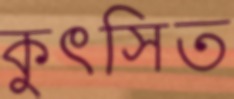
কুৎসিত